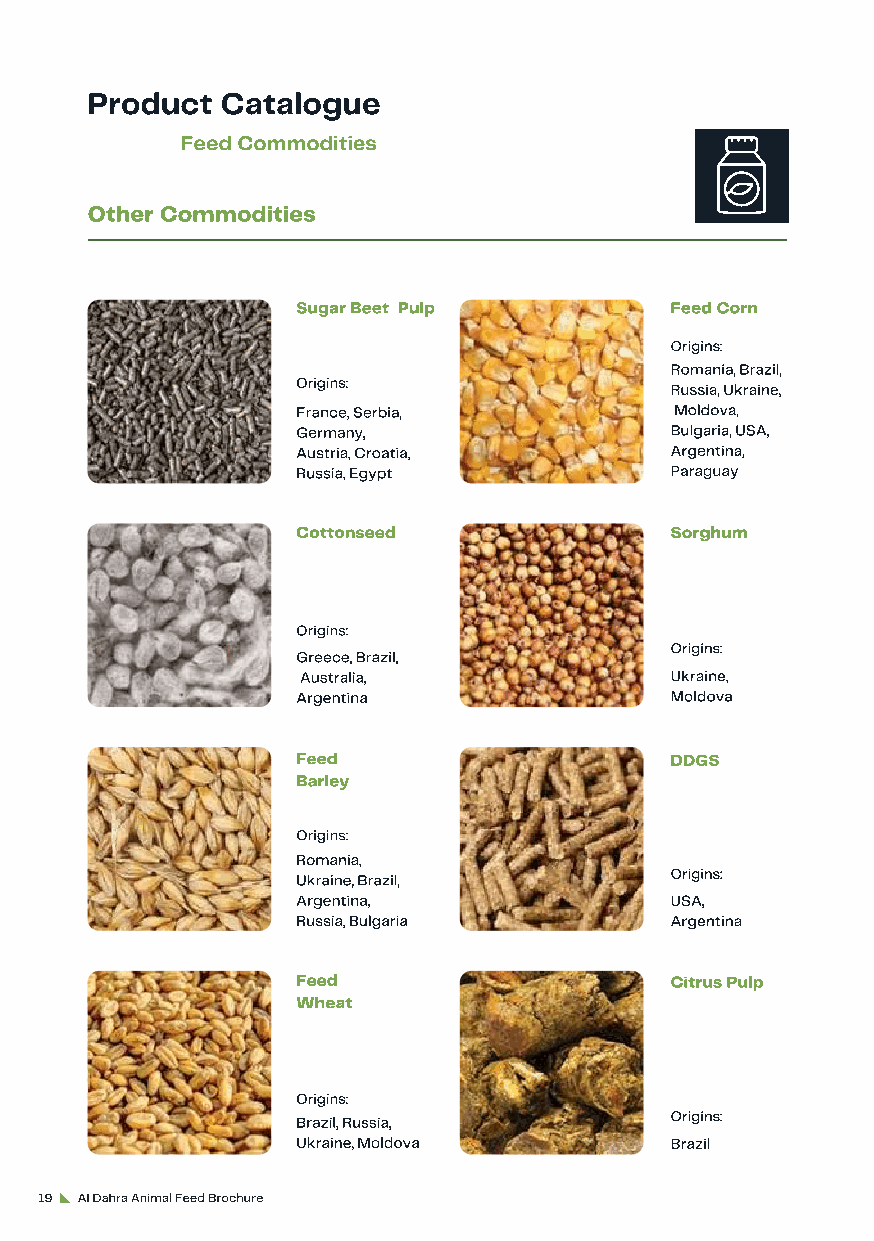
Product  Catalogue
 Feed Commodities
 Other Commodities
 Sugar Beet Pulp         Feed Corn
 Origins:
 Romania, Brazil,
 Origins:
 Russia, Ukraine,
 France, Serbia,          Moldova,
 Germany,                Bulgaria, USA,
 Austria, Croatia,       Argentina,
 Russia, Egypt           Paraguay
 Cottonseed              Sorghum
 Origins:
 Origins:
 Greece, Brazil,
 Australia,              Ukraine,
 Argentina               Moldova
 Feed                    DDGS
 Barley
 Origins:
 Romania,
 Ukraine, Brazil,        Origins:
 Argentina,              USA,
 Russia, Bulgaria        Argentina
 Feed                    Citrus Pulp
 Wheat
 Origins:
 Brazil, Russia,         Origins:
 Ukraine, Moldova        Brazil
 19 Al Dahra Animal Feed Brochure